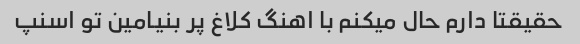
حقیقتا دارم حال میکنم با اهنگ کلاغ پر بنیامین تو اسنپ